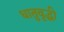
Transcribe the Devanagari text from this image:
धातुवृद्धी